Report on the administration of the Government Cinchona Department 1892-98
Year: 1892
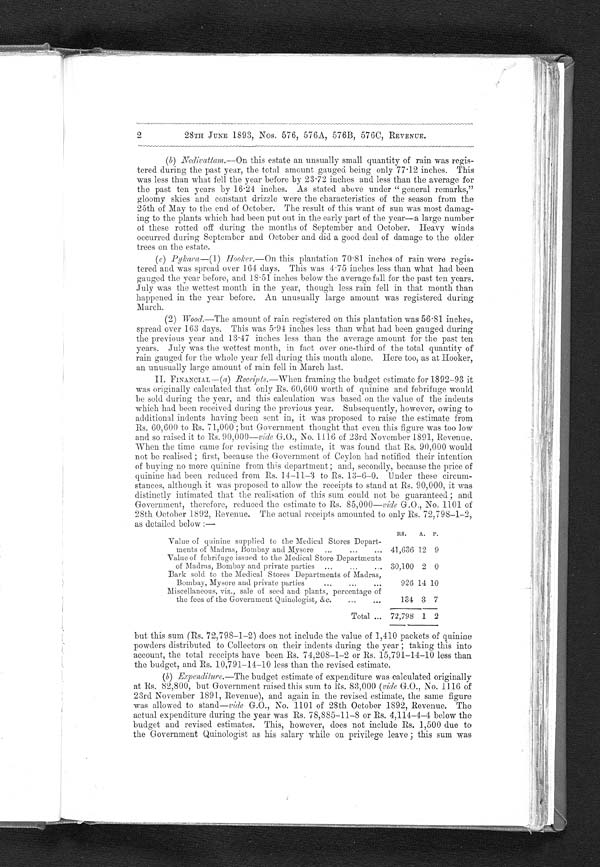
2
28TH JUNE 1893, Nos. 576, 576A, 576B, 576C, REVENUE.
(b) Nedivattam.—On this estate an unsually small quantity of rain was regis
-tered during the past year, the total amount gauged being only 77.12 inches. This
was less than what fell the year before by 23.72 inches and less than the average for
the past ten years by 16.24 inches. As stated above under "general remarks,"
gloomy skies and constant drizzle were the characteristics of the season from the
25th of May to the end of October. The result of this want of sun was most damag--
ing to the plants which had been put out in the early part of the year—a large number
of these rotted off during the months of September and October. Heavy winds
occurred during September and October and did a good deal of damage to the older
trees on the estate.
(c) Pykara—(1) Hooker.—On this plantation 70.81 inches of rain were regis-
tered and was spread over 164 days. This was 4.75 inches less than what had been
gauged the year before, and 18.51 inches below the average fall for the past ten years.
July was the wettest month in the year, though less rain fell in that month than
happened in the year before. An unusually large amount was registered during
March.
(2) Wood.—The amount of rain registered on this plantation was 56.81 inches,
spread over 163 days. This was 5.94 inches less than what had been gauged during
the previous year and 13.47 inches less than the average amount for the past ten.
years. July was the wettest month, in fact over one-third of the total quantity of
rain gauged for the whole year fell during this month alone. Here too, as at Hooker,
an unusually large amount of rain fell in March last.
II. FINANCIAL —(a) Receipts.—When framing the budget estimate for 1892-93 it
was originally calculated that only Rs.60,600 worth of quinine and febrifuge would
be sold during the year, and this calculation was based on the value of the indents
which had been received during the previous year. Subsequently, however, owing to
additional indents having been sent in, it was proposed to raise the estimate from
Rs.60,600 to Rs.71,000; but Government thought that even this figure was too low
and so raised it to Rs.90,000—vide G.O., No.1116 of 23rd November 1891, Revenue.
When the time came for revising the estimate, it was found that Rs.90,000 would
not be realised; first, because the Government of Ceylon had notified their intention
of buying no more quinine from this department; and, secondly, because the price of
quinine had been reduced from Rs.14–11–3 to Rs.13–6–0. Under these circum
-stances, although it was proposed to allow the receipts to stand at Rs. 90,000, it was
distinctly intimated that the realisation of this sum could not be guaranteed; and
Government, therefore, reduced the estimate to Rs.85,000— vide G.O., No.1101 of
28th October 1892, Revenue. The actual receipts amounted to only Rs.72,798–1–2,
as detailed below:—
Value of quinine supplied to the Medical Stores Depart-
ments of Madras, Bombay and Mysore
. . .
RS.
41,636
A.
12
P.
9
Value of febrifuge issued to the Medical Store Departments
of Madras, Bombay and private parties . . .
30,100 2 0
Bark sold to the Medical Stores Departments of Madras,
Bombay, Mysore and private parties . . .
926 14 10
Miscellaneous, viz., sale of seed and plants, percentage of
the fees of the Government Quinologist, &c. . . .
134 3 7
Total . . .
72,798 1 2
but this sum (Rs.72,798-1-2)does not include the value of 1,410 packets of quinine
powders distributed to Collectors on their indents during the year; taking this into
account, the total receipts have been Rs.74,208–1–2 or Rs.15,791–14–10 less than
the budget, and Rs.10,791–14–10 less than the revised estimate.
( b) Expendi t ur e. —Theb u d g e t e s t i m a t e o f e x p e n d i t u r e w a s c a l c u l a t e d o r i g i n a l l y
at Rs.82,800, but Government raised this sum to Rs.83,000 (vide G.O., No. 1116 of
23rd November 1891, Revenue), and again in the revised estimate, the same figure
was allowed to stand—vide G.O., No.1101 of 28th October 1892, Revenue. The
actual expenditure during the year was Rs.78,885–11–8 or Rs.4,114–4–4 below the
budget and revised estimates. This, however, does not include Rs.1,500 due to
the Government Quinologist as his salary while on privilege leave; this sum was